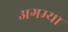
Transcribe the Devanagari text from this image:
अगम्या